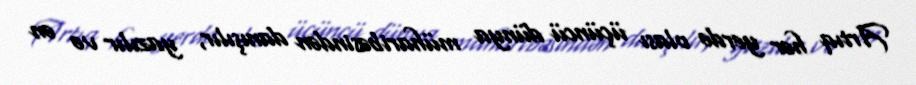
Artıq hər yerdə olası üçüncü dünya müharibəsindən danışılır, yazılır və ən